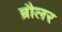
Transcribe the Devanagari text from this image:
ब्रौलर